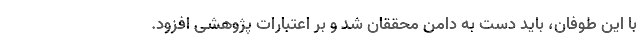
با این طوفان، باید دست به دامن محققان شد و بر اعتبارات پژوهشی افزود.